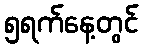
၅ရက်နေ့တွင်